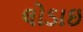
લોડાઇ